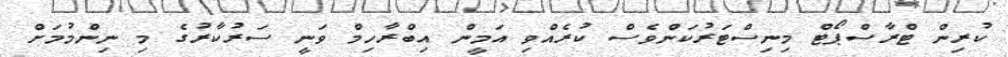
ކުރިން ޓްރާސްޕޯޓް މިނިސްޓަރުކަންވެސް ކުރެއްވި އަމީން އިބްރާހިމް ވަނީ ސަރުކާރުގެ މި ނިންމުމަށް